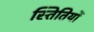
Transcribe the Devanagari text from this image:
स्तितियों